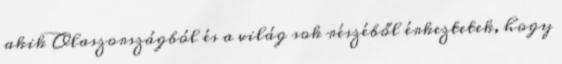
akik Olaszországból és a világ sok részéből érkeztetek, hogy